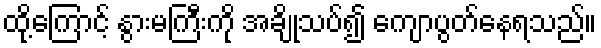
ထို့ကြောင့် နွားမကြီးကို အချိုသပ်၍ ကျောပွတ်နေရသည်။